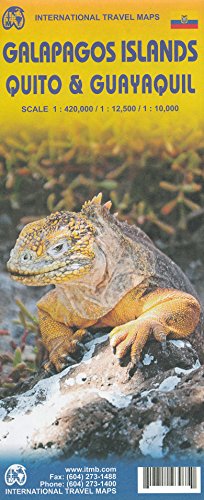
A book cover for Galapagos Islands 1:420,000 with Quito & Guayaquil street plans, ITMB; ITMB Publishing; Travel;